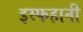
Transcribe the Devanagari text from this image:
इस्फहानी